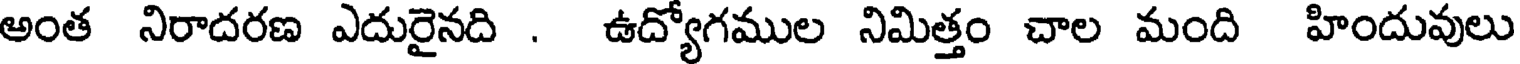
అంత నిరాదరణ ఎదురైనది . ఉద్యోగముల నిమిత్తం చాల మంది హిందువులు